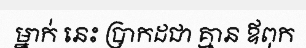
ម្នាក់ នេះ ប្រាកដជា គ្មាន ឪពុក